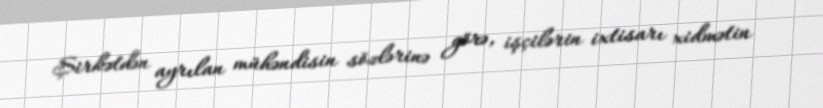
Şirkətdən ayrılan mühəndisin sözlərinə görə, işçilərin ixtisarı xidmətin